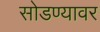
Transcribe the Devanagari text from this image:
सोडण्यावर